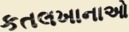
કતલખાનાઓ